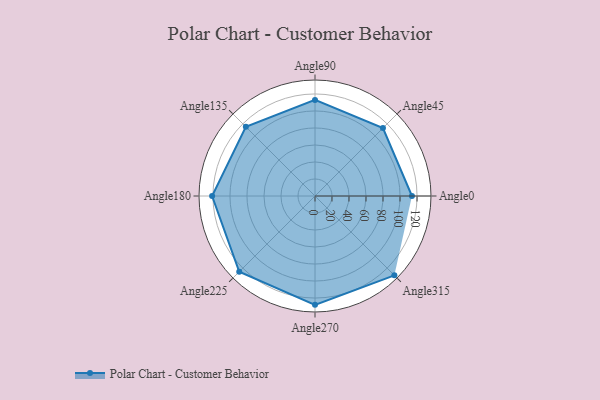
{"axis": {"x": "Angle", "y": "Radius"}, "legend": [""], "data": [{"x": "Angle0", "y": 114.0, "type": ""}, {"x": "Angle45", "y": 113.0, "type": ""}, {"x": "Angle90", "y": 113.0, "type": ""}, {"x": "Angle135", "y": 115.0, "type": ""}, {"x": "Angle180", "y": 121.0, "type": ""}, {"x": "Angle225", "y": 126.0, "type": ""}, {"x": "Angle270", "y": 128.0, "type": ""}, {"x": "Angle315", "y": 132.0, "type": ""}]}